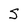
Character: S